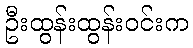
ဦးထွန်းထွန်းဝင်းက